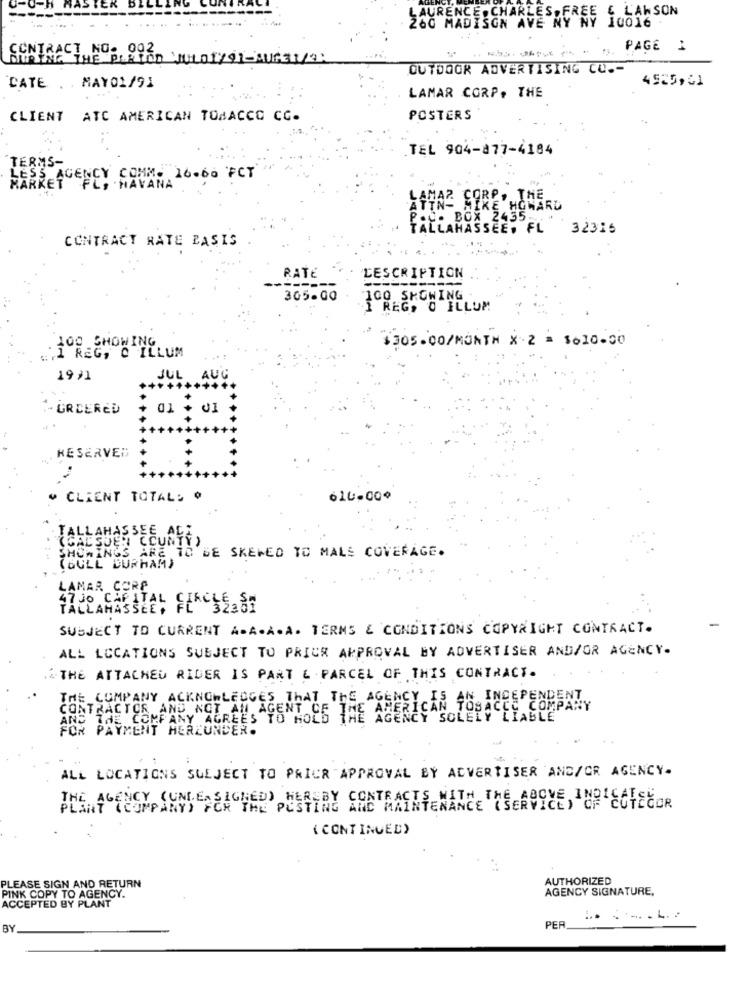
0-0-H RASTER
LAURENCE, CHARLES, FREE E LAWSON
10016
CONTRACT NO. 002
..
PAGE 1
DURING THE PLAYED JULOT/ 91-AUG31/2:
OUTDOOR ADVERTISING CU .-
4525,61
DATE . . MAY01/91
LAMAR CORP, THE
CLIENT ATC AMERICAN TOBACCO CC.
POSTERS
TEL 904-877-4184
TERMS-
LESS AGENCY COMM- 16.60 FCT
MARKET FL, HAVANA
CORP. THE
ATTN-
LAMAL STRE HOWARD
P.O. BOX 2435
TALLAHASSEE, FL 32315
CONTRACT RATE BASIS
RATE
DESCRIPTION
365.00
100 SHOWING
I REG, O ILLUM
100 SHOWING
#305.00/MONTH X 2 = 1010.00
.. . 1 REG, O ILLUM
19,1
JUL
AUG
. GREERED
01 + 01
RESERVED
CLIENT TOTAL: @
616-000
TALLAHASSEE ALI
(CAL SUEN COUNTY )
SHOWINGS ARE TO BE SKEWED TO MALS COVERAGE.
( GULL DURHAM)
LAMAR CORP
TALLAHASSEE, FL 35287
SUBJECT TO CURRENT A.A.A.A. TERMS & CONDITIONS COPYRIGHT CONTRACT.
ALL LOCATIONS SUBJECT TO PRIOR APPROVAL BY ADVERTISER AND/OR AGENCY.
THE ATTACHED RIDER IS PART & PARCEL OF THIS CONTRACT.
THE COMPANY ACKNOWLEDGES THAT THE AGENCY IS AN INDEPEND
AND THE COMPANY AGREES YO HOLG THE AMERICAN TOBACCO COMPANY
CONTRACTOR AND NOT AN AGENT CE IR
AGENCY SOLELY LIABLE
FOR PAYMENT HERZUNDER.
ALL LOCATIONS SULJECT TO PRIOR APPROVAL BY ADVERTISER AND/OR AGENCY.
AGENCY (UNIE. SIGNED) HEREBY CONTRACTS WITH THE A
PLANT (COMPANY) FOR THE POSTING AND MAINTENANCE (SERVICE) OF COTEGOR
( CONTINUED)
AUTHORIZED
PLEASE SIGN AND RETURN
AGENCY SIGNATURE,
PINK COPY TO AGENCY.
ACCEPTED BY PLANT
... . ... L. :
BY
PER